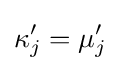
\kappa _{j}'=\mu _{j}'